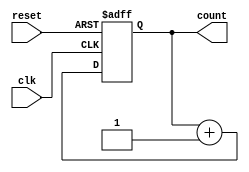
module async_reset_sync_counter #(
    parameter N = 4  // Parameter to define the bit width of the counter
)(
    input wire clk,         // Clock signal
    input wire reset,       // Asynchronous reset signal
    output reg [N-1:0] count // N-bit counter output
);

    // Always block for counter behavior
    always @(posedge clk or posedge reset) begin
        if (reset) begin
            count <= 0; // Asynchronous reset to zero
        end else begin
            count <= count + 1; // Increment the counter
        end
    end

endmodule